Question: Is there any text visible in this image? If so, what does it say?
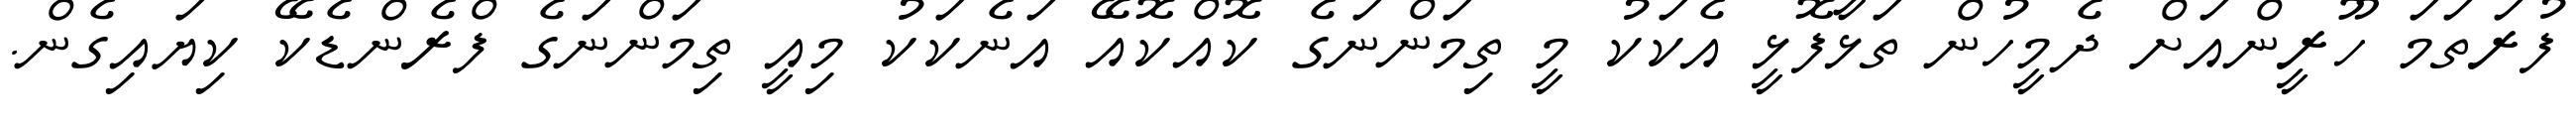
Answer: ފުރަތަމަ ހޫރީންއަށް ދެމީހުން ތަޅާފޮޅީ އެކަކު މީ ތިމަންނަގެ ކޮއްކޮއޭ އަނެކަކު މިއީ ތިމަންނަގެ ފްރެންޑެކޭ ކިޔައިގެން.